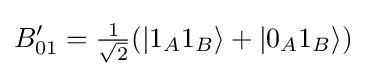
B_{01}'={\tfrac {1}{\sqrt {2}}}(|1_{A}1_{B}\rangle +|0_{A}1_{B}\rangle )